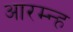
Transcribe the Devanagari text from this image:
आरम्न्ह